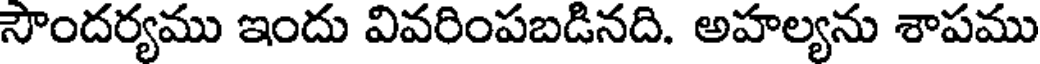
సౌందర్యము ఇందు వివరింపబడినది. అహల్యను శాపము